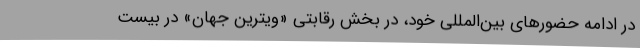
در ادامه حضورهای بین‌المللی خود، در بخش رقابتی «ویترین جهان» در بیست